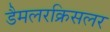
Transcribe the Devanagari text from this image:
डैमलरक्रिसलर